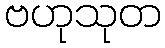
ဗဟုသုတ